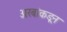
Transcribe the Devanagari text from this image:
अरबांकडून